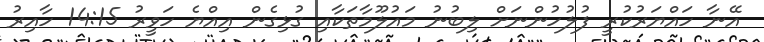
އޭނާ ހައްޔަރުކުރީ ފުލުހުންނަށް ލިބުނު މައުލޫމާތަކާއި ގުޅިގެން އިއްޔެ ހަވީރު 14:15 ހާއިރު